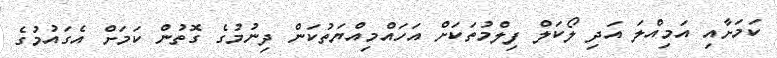
ކަމަށާއި އަމިއްލަ އަދި ލޯކަލް ފިލްމުތަކަށް އަހައްމިއްޔަތުކަން ދިނުމުގެ ގޮތުން ކަމަށް އެގައުމުގެ